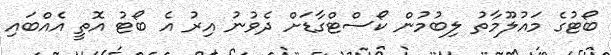
ބޯޓުގެ މައުލޫމާތު ލިބުމުން ކޯސްޓްގާޑަށް ދެވުނު އިރު އެ ބޯޓު އޮތީ އެއްބައި